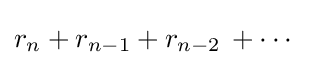
r_{n}+r_{n-1}+r_{n-2}\,+\cdots